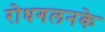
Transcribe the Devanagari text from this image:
रोधगलनके